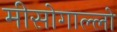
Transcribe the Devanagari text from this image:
मीसोगाल्लो